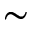
\sim